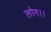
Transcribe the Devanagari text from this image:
लोग।।